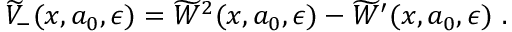
\widetilde { V } _ { - } ( x , a _ { 0 } , \epsilon ) = \widetilde { W } ^ { 2 } ( x , a _ { 0 } , \epsilon ) - \widetilde { W } ^ { \prime } ( x , a _ { 0 } , \epsilon ) ~ .